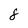
Character: 8